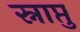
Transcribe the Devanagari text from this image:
स्नाप्तु